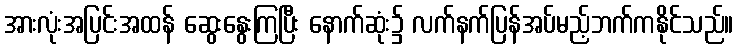
အားလုံးအပြင်းအထန် ဆွေးနွေးကြပြီး နောက်ဆုံး၌ လက်နက်ပြန်အပ်မည့်ဘက်ကနိုင်သည်။